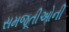
સમજૂતીઓની